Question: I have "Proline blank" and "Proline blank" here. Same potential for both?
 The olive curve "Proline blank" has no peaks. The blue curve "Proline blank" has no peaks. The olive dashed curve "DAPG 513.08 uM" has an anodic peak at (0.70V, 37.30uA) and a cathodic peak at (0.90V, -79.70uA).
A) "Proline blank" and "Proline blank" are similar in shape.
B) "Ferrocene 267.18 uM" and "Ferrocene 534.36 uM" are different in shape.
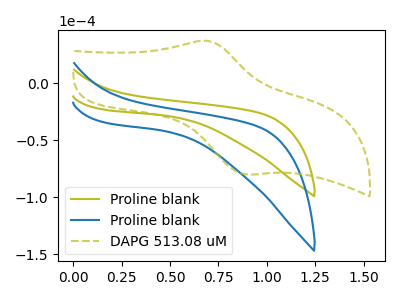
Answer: <think>Neither "Proline blank" or "Proline blank" have any peaks.
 </think>
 <answer>A) "Proline blank" and "Proline blank" are similar in shape.</answer>
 <eval>A</eval>